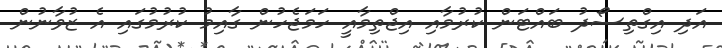
އަދި އިގްތިސޯދު ބައްޓަން ކުރުމާއި އިޖްތިމާއީ ހަމަޖެހުން ގާއިމު ކުރުމުގައި އެ ޒުވާނުން